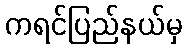
ကရင်ပြည်နယ်မှ